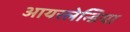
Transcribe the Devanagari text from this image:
आयरलेन्डिया